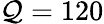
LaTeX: \mathcal{Q}=120